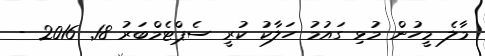
މާލެ މީހުން މުޅި ގައުމު ހަލާކު ކުރީ ސެޕްޓެމްބަރު 18